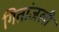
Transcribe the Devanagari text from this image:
गितांजली